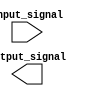
module voltage_level_shifter (
    input wire [7:0] input_signal,
    output reg [7:0] output_signal
);

// Voltage level shifting logic
always @ (posedge clk) begin
    // Logic to shift voltage levels from input_signal to output_signal
    // Add appropriate code here
end

endmodule